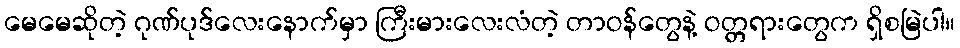
မေမေဆိုတဲ့ ဂုဏ်ပုဒ်လေးနောက်မှာ ကြီးမားလေးလံတဲ့ တာဝန်တွေနဲ့ ဝတ္တရားတွေက ရှိစမြဲပါ။